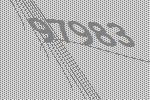
97983